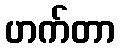
ဟက်တာ